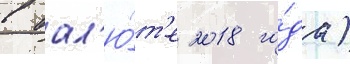
в вал'ю́т'е 2018 го́да)